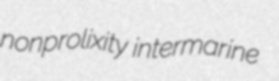
nonprolixity intermarine